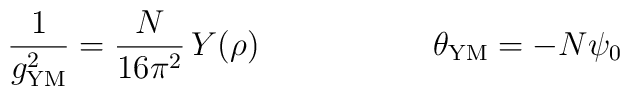
\frac{1}{g_{\rm YM}^2} = \frac{N}{16 \pi^2} \,Y(\rho) \ \ \ \ \ \ \ \ \ \ \ \ \ \  \ \ \theta_{\rm YM}=-N\psi_0